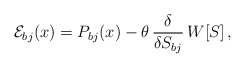
\begin{align*}{\cal E}_{bj}(x) =P_{bj}(x) - \theta \, \frac{\delta}{\delta S_{bj}}\, W[S]\,,\end{align*}